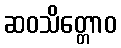
ဆဝသိတ္တောဝ